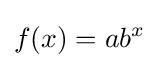
f(x)=ab^{x}